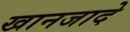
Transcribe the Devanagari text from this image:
खानजादे